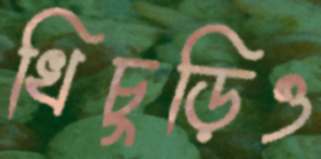
খিচুড়িও